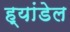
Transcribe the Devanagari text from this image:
ह्यांडेल